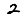
Digit: 2